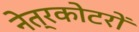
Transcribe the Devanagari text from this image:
नेत्रकोटरों